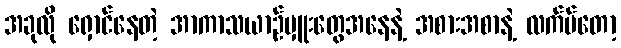
အခုလို ရှောင်နေတဲ့ အာကာသယာဉ်မှူးတွေအနေနဲ့ အစားအစာနဲ့ လက်ပ်တော့